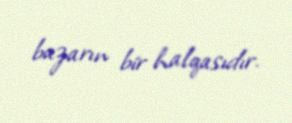
bazarın bir halqasıdır.